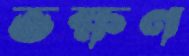
ভক্ষণ